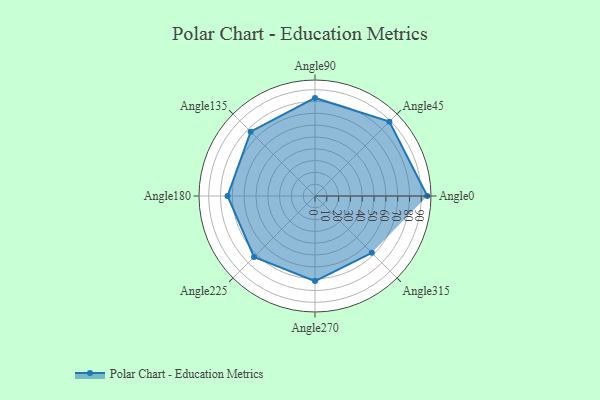
{"axis": {"x": "Angle", "y": "Radius"}, "legend": [""], "data": [{"x": "Angle0", "y": 95.0, "type": ""}, {"x": "Angle45", "y": 89.0, "type": ""}, {"x": "Angle90", "y": 83.0, "type": ""}, {"x": "Angle135", "y": 77.0, "type": ""}, {"x": "Angle180", "y": 74.0, "type": ""}, {"x": "Angle225", "y": 73.0, "type": ""}, {"x": "Angle270", "y": 72.0, "type": ""}, {"x": "Angle315", "y": 68.0, "type": ""}]}